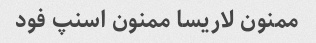
ممنون لاریسا ممنون اسنپ فود